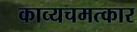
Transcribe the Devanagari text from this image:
काव्यचमत्कार